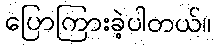
ပြောကြားခဲ့ပါတယ်။